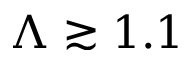
\Lambda \gtrsim 1 . 1